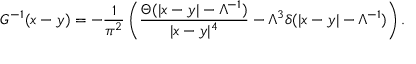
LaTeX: G ^ { - 1 } ( x - y ) = - \frac { 1 } { \pi ^ { 2 } } \left( \frac { \Theta ( | x - y | - \Lambda ^ { - 1 } ) } { | x - y | ^ { 4 } } - \Lambda ^ { 3 } \delta ( | x - y | - \Lambda ^ { - 1 } ) \right) .